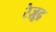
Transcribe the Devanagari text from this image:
रेज़ूद्र